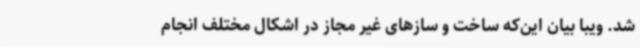
شد. ویبا بیان این‌که ساخت و سازهای غیر مجاز در اشکال مختلف انجام